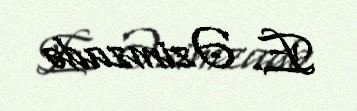
E. Əzimzadə